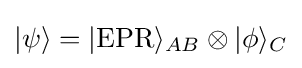
|\psi \rangle =|{\text{EPR}}\rangle _{AB}\otimes |\phi \rangle _{C}